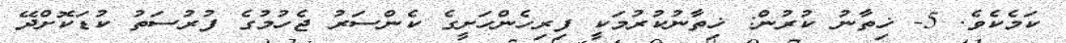
ކަމެކެވެ. 5- ޚިތާނު ކުރުން: ޚިތާނުކުރުމަކީ ފިރިހެންހަށީގެ ކެންސަރު ޖެހުމުގެ ފުރުސަތު ކުޑަކޮށްދޭ